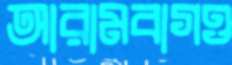
আরামবাগও